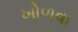
ખોળવા